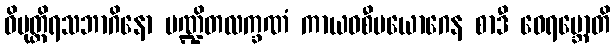
ဝိမုတ္တိရသဘာဂိနော ပဏ္ဍိတလက္ခဏံ ကာယဝစီပယောဂေန စာဒီ ဝေရမ္ဘောတိ